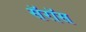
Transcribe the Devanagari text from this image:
सॅरॉस